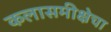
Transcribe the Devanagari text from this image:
कलासमीक्षेचा